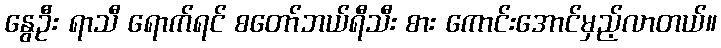
နွေဦး ရာသီ ရောက်ရင် စတော်ဘယ်ရီသီး စား ကောင်းအောင်မှည့်လာတယ်။